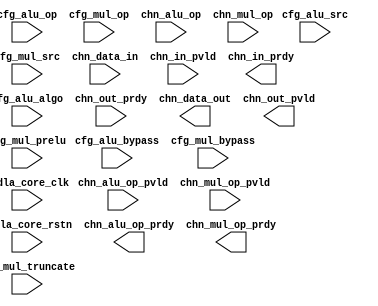
// ================================================================
// NVDLA Open Source Project
//
// Copyright(c) 2016 - 2017 NVIDIA Corporation. Licensed under the
// NVDLA Open Hardware License; Check "LICENSE" which comes with
// this distribution for more information.
// ================================================================
// ================================================================
// NVDLA Open Source Project
// 
// Copyright(c) 2016 - 2017 NVIDIA Corporation.  Licensed under the
// NVDLA Open Hardware License; Check "LICENSE" which comes with 
// this distribution for more information.
// ================================================================
module NV_NVDLA_SDP_HLS_Y_int_core (
   cfg_alu_algo //|< i
  ,cfg_alu_bypass //|< i
  ,cfg_alu_op //|< i
  ,cfg_alu_src //|< i
  ,cfg_mul_bypass //|< i
  ,cfg_mul_op //|< i
  ,cfg_mul_prelu //|< i
  ,cfg_mul_src //|< i
  ,cfg_mul_truncate //|< i
  ,chn_alu_op //|< i
  ,chn_alu_op_pvld //|< i
  ,chn_data_in //|< i
  ,chn_in_pvld //|< i
  ,chn_mul_op //|< i
  ,chn_mul_op_pvld //|< i
  ,chn_out_prdy //|< i
  ,nvdla_core_clk //|< i
  ,nvdla_core_rstn //|< i
  ,chn_alu_op_prdy //|> o
  ,chn_data_out //|> o
  ,chn_in_prdy //|> o
  ,chn_mul_op_prdy //|> o
  ,chn_out_pvld //|> o
  );
input [1:0] cfg_alu_algo;
input cfg_alu_bypass;
input [31:0] cfg_alu_op;
input cfg_alu_src;
input cfg_mul_bypass;
input [31:0] cfg_mul_op;
input cfg_mul_prelu;
input cfg_mul_src;
input [9:0] cfg_mul_truncate;
input [32*0 -1:0] chn_alu_op;
input chn_alu_op_pvld;
input [32*0 -1:0] chn_data_in;
input chn_in_pvld;
input [32*0 -1:0] chn_mul_op;
input chn_mul_op_pvld;
input chn_out_prdy;
output chn_alu_op_prdy;
output [32*0 -1:0] chn_data_out;
output chn_in_prdy;
output chn_mul_op_prdy;
output chn_out_pvld;
input nvdla_core_clk;
input nvdla_core_rstn;
//: my $k=0;
//: foreach my $i (0..${k}-1) {
//: print qq(
//: wire [31:0] chn_alu_op_${i};
//: wire chn_alu_op_prdy_${i};
//: wire [31:0] chn_data_in_${i};
//: wire [31:0] chn_data_out_${i};
//: wire chn_in_prdy_${i};
//: wire [31:0] chn_mul_op_${i};
//: wire chn_mul_op_prdy_${i};
//: wire chn_out_pvld_${i};
//: wire [31:0] mul_data_out_${i};
//: wire mul_out_prdy_${i};
//: wire mul_out_pvld_${i};
//:
//: );
//: }
//| eperl: generated_beg (DO NOT EDIT BELOW)

wire chn_alu_op_prdy_0;
wire chn_in_prdy_0;
wire chn_mul_op_prdy_0;
wire chn_out_pvld_0;

//| eperl: generated_end (DO NOT EDIT ABOVE)
assign chn_in_prdy = chn_in_prdy_0;
assign chn_alu_op_prdy = chn_alu_op_prdy_0;
assign chn_mul_op_prdy = chn_mul_op_prdy_0;
assign chn_out_pvld = chn_out_pvld_0;
//: my $k=0;
//: foreach my $i (0..${k}-1) {
//: print qq(
//: assign chn_data_in_${i}= chn_data_in[32*${i}+31:32*${i}];
//: assign chn_alu_op_${i} = chn_alu_op[32*${i}+31:32*${i}];
//: assign chn_mul_op_${i} = chn_mul_op[32*${i}+31:32*${i}];
//: assign chn_data_out[32*${i}+31:32*${i}] = chn_data_out_${i};
//:
//: NV_NVDLA_SDP_HLS_Y_int_mul u_sdp_y_core_mul_${i} (
//: .cfg_mul_bypass (cfg_mul_bypass)
//: ,.cfg_mul_op (cfg_mul_op[31:0])
//: ,.cfg_mul_prelu (cfg_mul_prelu)
//: ,.cfg_mul_src (cfg_mul_src)
//: ,.cfg_mul_truncate (cfg_mul_truncate[9:0])
//: ,.chn_in_pvld (chn_in_pvld)
//: ,.chn_mul_in (chn_data_in_${i}[31:0])
//: ,.chn_mul_op (chn_mul_op_${i}[31:0])
//: ,.chn_mul_op_pvld (chn_mul_op_pvld)
//: ,.mul_out_prdy (mul_out_prdy_${i})
//: ,.nvdla_core_clk (nvdla_core_clk)
//: ,.nvdla_core_rstn (nvdla_core_rstn)
//: ,.chn_in_prdy (chn_in_prdy_${i})
//: ,.chn_mul_op_prdy (chn_mul_op_prdy_${i})
//: ,.mul_data_out (mul_data_out_${i}[31:0])
//: ,.mul_out_pvld (mul_out_pvld_${i})
//: );
//:
//: NV_NVDLA_SDP_HLS_Y_int_alu u_sdp_y_core_alu_${i} (
//: .alu_data_in (mul_data_out_${i}[31:0])
//: ,.alu_in_pvld (mul_out_pvld_${i})
//: ,.alu_out_prdy (chn_out_prdy)
//: ,.cfg_alu_algo (cfg_alu_algo[1:0])
//: ,.cfg_alu_bypass (cfg_alu_bypass)
//: ,.cfg_alu_op (cfg_alu_op[31:0])
//: ,.cfg_alu_src (cfg_alu_src)
//: ,.chn_alu_op (chn_alu_op_${i}[31:0])
//: ,.chn_alu_op_pvld (chn_alu_op_pvld)
//: ,.nvdla_core_clk (nvdla_core_clk)
//: ,.nvdla_core_rstn (nvdla_core_rstn)
//: ,.alu_data_out (chn_data_out_${i}[31:0])
//: ,.alu_in_prdy (mul_out_prdy_${i})
//: ,.alu_out_pvld (chn_out_pvld_${i})
//: ,.chn_alu_op_prdy (chn_alu_op_prdy_${i})
//: );
//:
//: );
//: }
//| eperl: generated_beg (DO NOT EDIT BELOW)

//| eperl: generated_end (DO NOT EDIT ABOVE)
endmodule // NV_NVDLA_SDP_HLS_Y_int_core